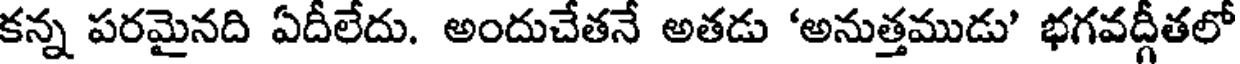
కన్న పరమైనది ఏదీలేదు. అందుచేతనే అతడు 'అనుత్తముడు' భగవద్గీతలో